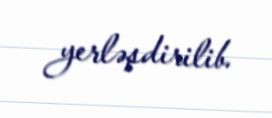
yerləşdirilib.